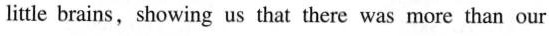
little brains. showing us that there was more than our